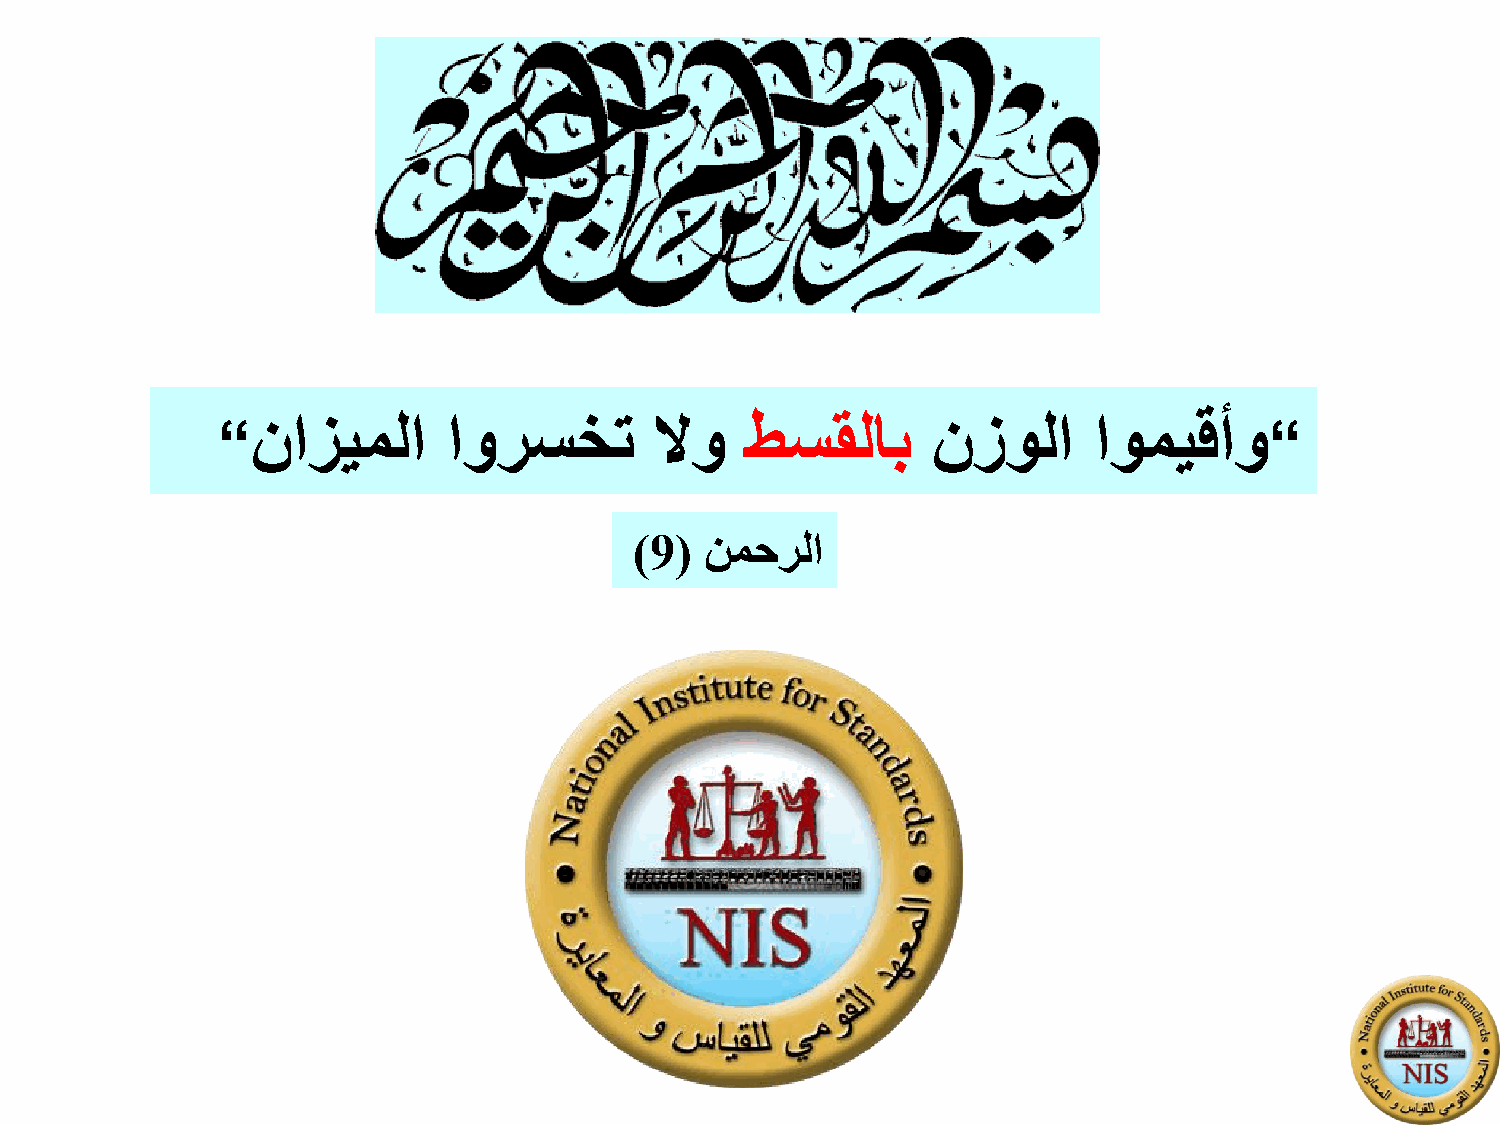
2
 نازيملا      اورسخت       لاو   طسقلاب       نزولا     اوميقأو
 ”                                                                     ”
 )9(  نمحرلا